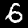
Label: 6